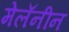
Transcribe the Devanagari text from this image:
मेलॅनीन